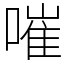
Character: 嗺